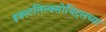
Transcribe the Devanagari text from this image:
इक्स्टलिल्क्सोचिट्लच्या